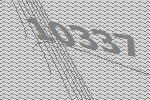
10337